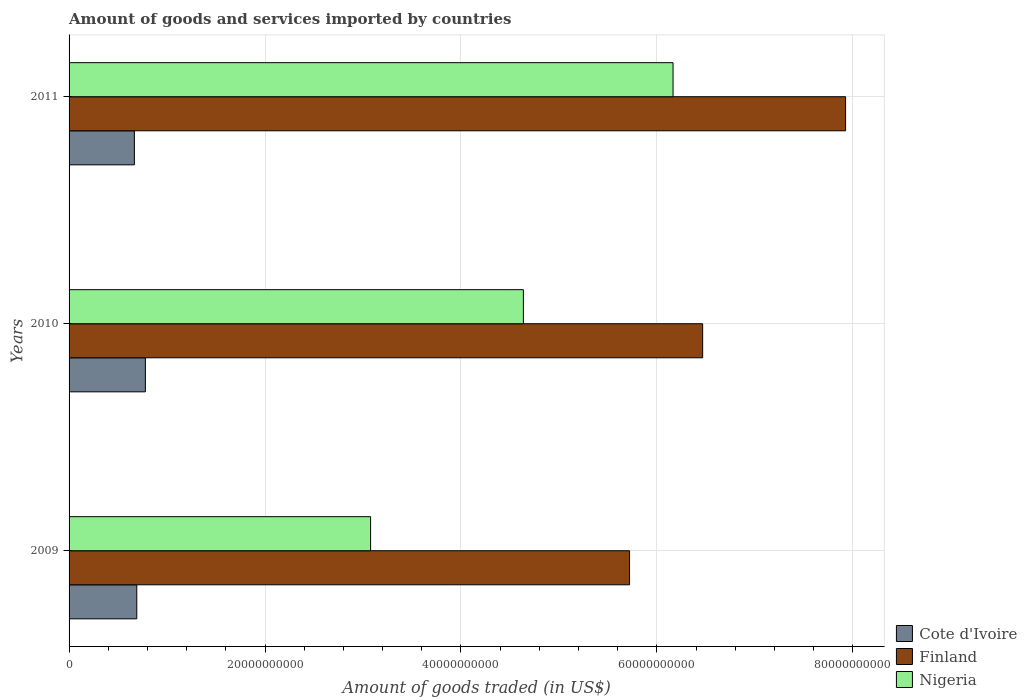
| Years | Cote d'Ivoire | Finland | Nigeria |
 | --- | --- | --- | --- |
 | 2009 | 6.91e+09 | 5.72e+10 | 3.08e+10 |
 | 2010 | 7.79e+09 | 6.47e+10 | 4.64e+10 |
 | 2011 | 6.67e+09 | 7.93e+10 | 6.17e+10 |